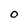
Character: 0